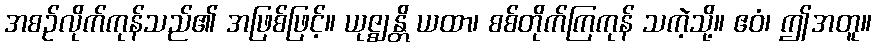
အစဉ်လိုက်ကုန်သည်၏ အဖြစ်ဖြင့်။ ယုဇ္ဈန္တိ ယထာ၊ စစ်တိုက်ကြကုန် သကဲ့သို့။ ဧဝံ၊ ဤအတူ။